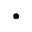
\bullet